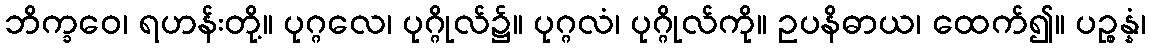
ဘိက္ခဝေ၊ ရဟန်းတို့။ ပုဂ္ဂလေ၊ ပုဂ္ဂိုလ်၌။ ပုဂ္ဂလံ၊ ပုဂ္ဂိုလ်ကို။ ဥပနိဓာယ၊ ထေက်၍။ ပဉ္စန္နံ၊